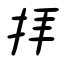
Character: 拝